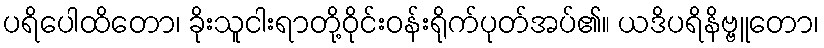
ပရိပေါထိတော၊ ခိုးသူငါးရာတို့ဝိုင်းဝန်းရိုက်ပုတ်အပ်၏။ ယဒိပရိနိဗ္ဗူတော၊